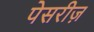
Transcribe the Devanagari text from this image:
पेसरीज़